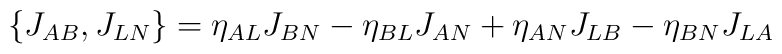
\{J_{AB},J_{LN}\}=\eta_{AL}J_{BN}-\eta_{BL}J_{AN}+\eta_{AN}J_{LB}-\eta_{BN}J_{LA}